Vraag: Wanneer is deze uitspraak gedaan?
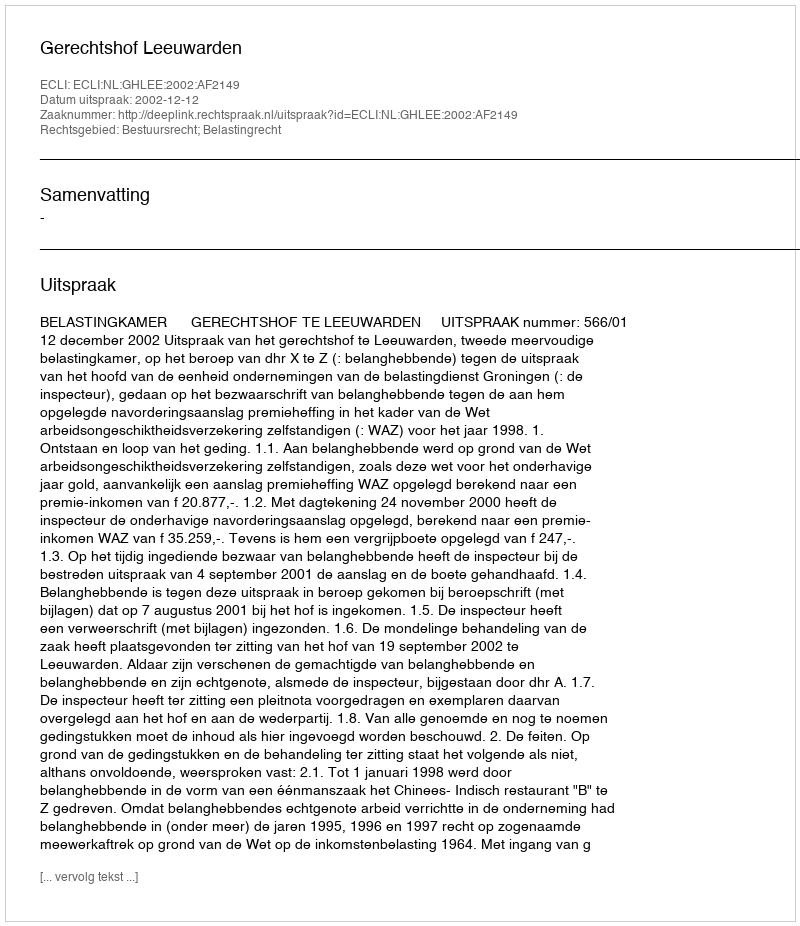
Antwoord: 2002-12-12